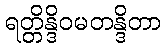
ရတ္တိန္ဒိဝမတန္ဒိတာ